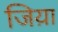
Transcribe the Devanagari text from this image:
जिय़ा